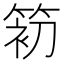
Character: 𰪃